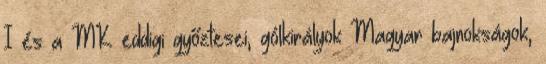
I és a MK eddigi győztesei, gólkirályok Magyar bajnokságok,